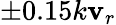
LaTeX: \pm0.15k\mathbf{v}_{r}